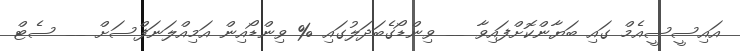
އައިސީސީއެމް ގައި ބަޔާންކޮށްފައިވާ __ ވިންޑޯގެބަދަލުގައި % ވިންޑޯއިން އަމިއްލަނަފްސަށް __ ސެޓް